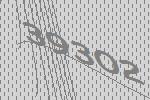
39302